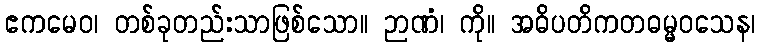
ဧကမေဝ၊ တစ်ခုတည်းသာဖြစ်သော။ ဉာဏံ၊ ကို။ အဓိပတိကတဓမ္မဝသေန၊